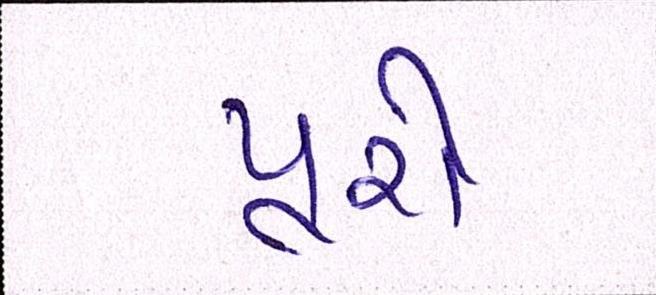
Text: પૂરો